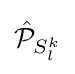
{\hat {\mathcal {P}}}_{S_{l}^{k}}